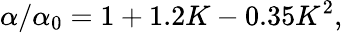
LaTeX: {\alpha}/{\alpha_{0}}=1+1.2K-0.35K^{2},